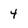
Character: 4